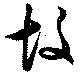
故